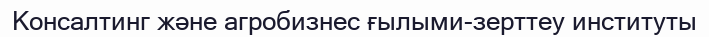
Консалтинг және агробизнес ғылыми-зерттеу институты